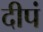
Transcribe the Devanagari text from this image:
दीपं